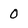
Character: 0